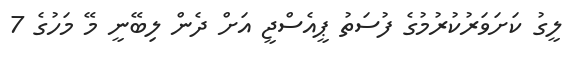
ލީގު ކަށަވަރުކުރުމުގެ ފުުސަތު ޕީއެސްޖީ އަށް ދެން ލިބޭނީ މޭ މަހުގެ 7